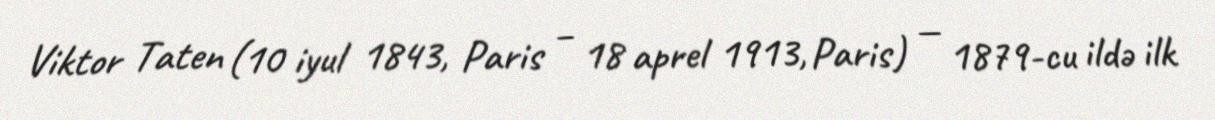
Viktor Taten (10 iyul 1843, Paris – 18 aprel 1913, Paris) — 1879-cu ildə ilk